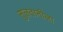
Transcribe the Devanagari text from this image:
सुलतानीला